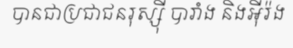
បានជាប្រជាជនរុស្ស៊ី បារាំង និងអ៊ីរ៉ង